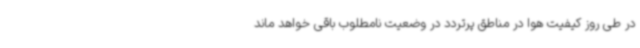
در طی روز کیفیت هوا در مناطق پرتردد در وضعیت نامطلوب باقی خواهد ماند